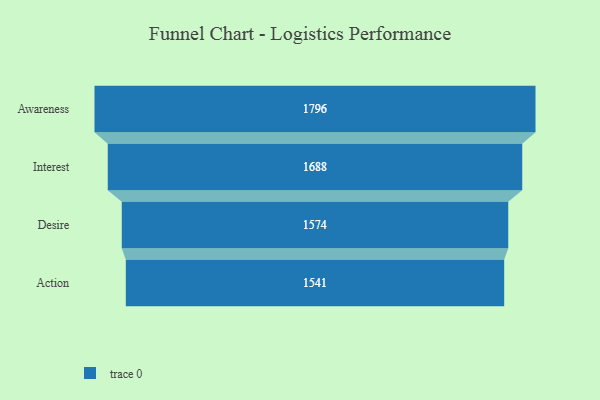
{"axis": {"x": "Stage", "y": "Value"}, "legend": [""], "data": [{"x": "Awareness", "y": 1796.0, "type": ""}, {"x": "Interest", "y": 1688.0, "type": ""}, {"x": "Desire", "y": 1574.0, "type": ""}, {"x": "Action", "y": 1541.0, "type": ""}]}